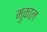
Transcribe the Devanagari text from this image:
मुकाल